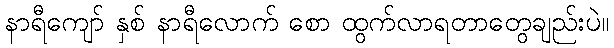
နာရီကျော် နှစ် နာရီလောက် စော ထွက်လာရတာတွေချည်းပဲ။